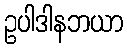
ဥပါဒါနဘယာ